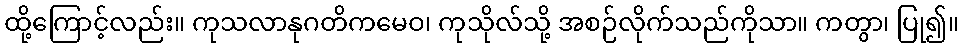
ထို့ကြောင့်လည်း။ ကုသလာနုဂတိကမေဝ၊ ကုသိုလ်သို့ အစဉ်လိုက်သည်ကိုသာ။ ကတွာ၊ ပြု၍။